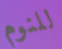
للنوم